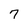
Character: 7